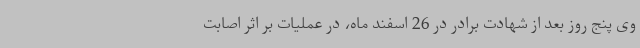
وی پنج روز بعد از شهادت برادر در 26 اسفند ماه، در عملیات بر اثر اصابت